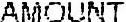
AMOUNT